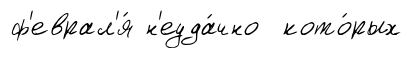
ф'еврал'я́ н'еуда́чно кото́рых